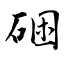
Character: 硱